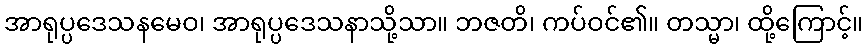
အာရုပ္ပဒေသနမေဝ၊ အာရုပ္ပဒေသနာသို့သာ။ ဘဇတိ၊ ကပ်ဝင်၏။ တသ္မာ၊ ထို့ကြောင့်။